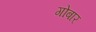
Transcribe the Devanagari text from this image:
गोबार